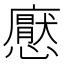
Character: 𢣽